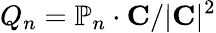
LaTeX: Q_{n}=\mathbb{P}_{n}\cdot{\mathbf C}/|{\mathbf C}|^{2}